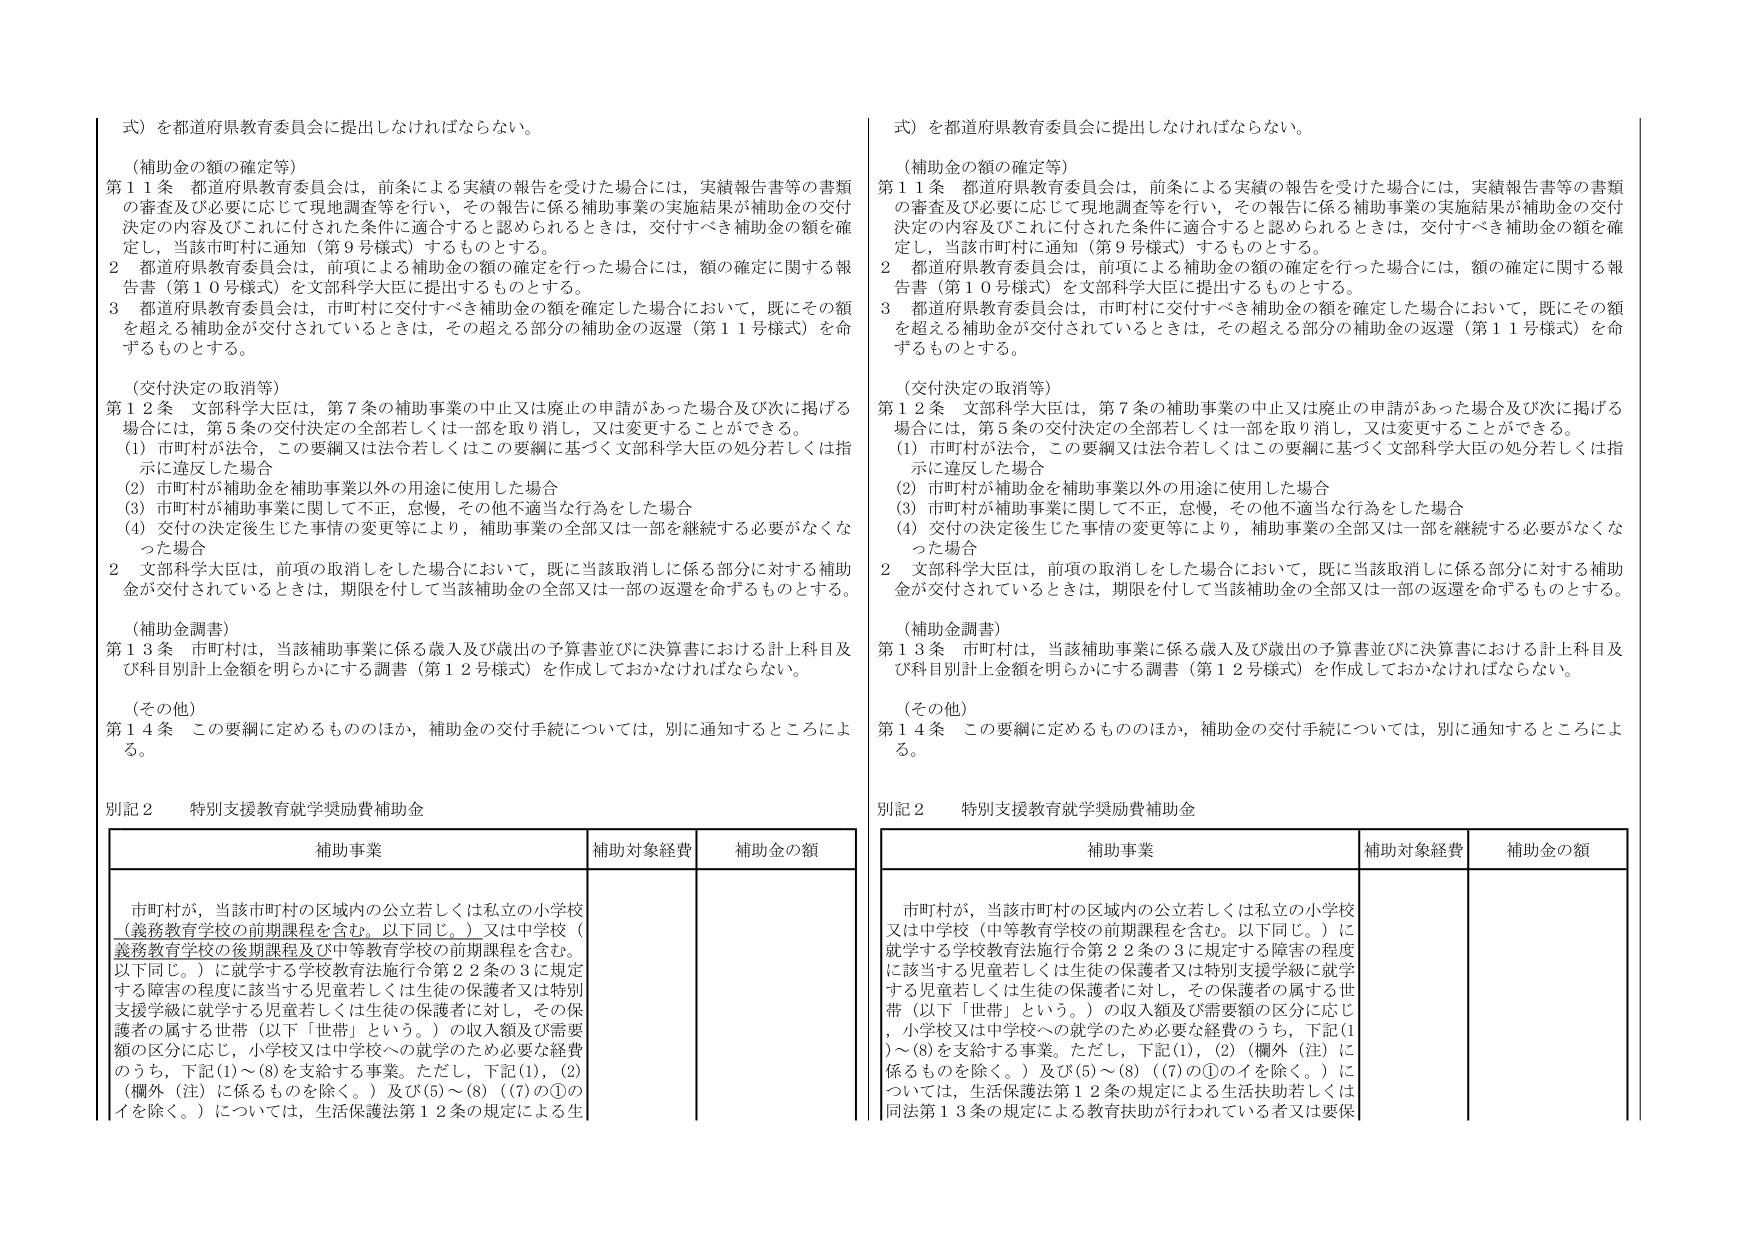
式）を都道府県教育委員会に提出しなければならない。

（補助金の額の確定等）
第１１条 都道府県教育委員会は，前条による実績の報告を受けた場合には，実績報告書等の書類の審査及び必要に応じて現地調査等を行い，その報告に係る補助事業の実施結果が補助金の交付決定の内容及びこれに付された条件に適合すると認められるときは，交付すべき補助金の額を確定し，当該市町村に通知（第９号様式）するものとする。
２ 都道府県教育委員会は，前項による補助金の額の確定を行った場合には，額の確定に関する報告書（第１０号様式）を文部科学大臣に提出するものとする。
３ 都道府県教育委員会は，市町村に交付すべき補助金の額を確定した場合において，既にその額を超える補助金が交付されているときは，その超える部分の補助金の返還（第１１号様式）を命ずるものとする。

（交付決定の取消等）
第１２条 文部科学大臣は，第７条の補助事業の中止又は廃止の申請があった場合及び次に掲げる場合には，第５条の交付決定の全部若しくは一部を取り消し，又は変更することができる。
（1）市町村が法令，この要綱又は法令若しくはこの要綱に基づく文部科学大臣の処分若しくは指示に違反した場合
（2）市町村が補助金を補助事業以外の用途に使用した場合
（3）市町村が補助事業に関して不正，怠慢，その他不適当な行為をした場合
（4）交付の決定後生じた事情の変更等により，補助事業の全部又は一部を継続する必要がなくなった場合
２ 文部科学大臣は，前項の取消しをした場合において，既に当該取消しに係る部分に対する補助金が交付されているときは，期限を付して当該補助金の全部又は一部の返還を命ずるものとする。

（補助金調書）
第１３条 市町村は，当該補助事業に係る歳入及び歳出の予算書並びに決算書における計上科目及び科目別計上金額を明らかにする調書（第１２号様式）を作成しておかなければならない。

（その他）
第１４条 この要綱に定めるもののほか，補助金の交付手続については，別に通知するところによる。

別記２ 特別支援教育就学奨励費補助金

補助事業 補助対象経費 補助金の額

市町村が，当該市町村の区域内の公立若しくは私立の小学校（義務教育学校の前期課程を含む。以下同じ。）又は中学校（義務教育学校の後期課程及び中等教育学校の前期課程を含む。以下同じ。）に就学する学校教育法施行令第２２条の３に規定する障害の程度に該当する児童若しくは生徒の保護者又は特別支援学級に就学する児童若しくは生徒の保護者に対し，その保護者の属する世帯（以下「世帯」という。）の収入額及び需要額の区分に応じ，小学校又は中学校への就学のため必要な経費のうち，下記(1)～(8)を支給する事業。ただし，下記(1)，(2)（欄外（注）に係るものを除く。）及び(5)～(8)（(7)の①のイを除く。）については，生活保護法第１２条の規定による生

式）を都道府県教育委員会に提出しなければならない。

（補助金の額の確定等）
第１１条 都道府県教育委員会は，前条による実績の報告を受けた場合には，実績報告書等の書類の審査及び必要に応じて現地調査等を行い，その報告に係る補助事業の実施結果が補助金の交付決定の内容及びこれに付された条件に適合すると認められるときは，交付すべき補助金の額を確定し，当該市町村に通知（第９号様式）するものとする。
２ 都道府県教育委員会は，前項による補助金の額の確定を行った場合には，額の確定に関する報告書（第１０号様式）を文部科学大臣に提出するものとする。
３ 都道府県教育委員会は，市町村に交付すべき補助金の額を確定した場合において，既にその額を超える補助金が交付されているときは，その超える部分の補助金の返還（第１１号様式）を命ずるものとする。

（交付決定の取消等）
第１２条 文部科学大臣は，第７条の補助事業の中止又は廃止の申請があった場合及び次に掲げる場合には，第５条の交付決定の全部若しくは一部を取り消し，又は変更することができる。
（1）市町村が法令，この要綱又は法令若しくはこの要綱に基づく文部科学大臣の処分若しくは指示に違反した場合
（2）市町村が補助金を補助事業以外の用途に使用した場合
（3）市町村が補助事業に関して不正，怠慢，その他不適当な行為をした場合
（4）交付の決定後生じた事情の変更等により，補助事業の全部又は一部を継続する必要がなくなった場合
２ 文部科学大臣は，前項の取消しをした場合において，既に当該取消しに係る部分に対する補助金が交付されているときは，期限を付して当該補助金の全部又は一部の返還を命ずるものとする。

（補助金調書）
第１３条 市町村は，当該補助事業に係る歳入及び歳出の予算書並びに決算書における計上科目及び科目別計上金額を明らかにする調書（第１２号様式）を作成しておかなければならない。

（その他）
第１４条 この要綱に定めるもののほか，補助金の交付手続については，別に通知するところによる。

別記２ 特別支援教育就学奨励費補助金

補助事業 補助対象経費 補助金の額

市町村が，当該市町村の区域内の公立若しくは私立の小学校又は中学校（中等教育学校の前期課程を含む。以下同じ。）に就学する学校教育法施行令第２２条の３に規定する障害の程度に該当する児童若しくは生徒の保護者又は特別支援学級に就学する児童若しくは生徒の保護者に対し，その保護者の属する世帯（以下「世帯」という。）の収入額及び需要額の区分に応じ，小学校又は中学校への就学のため必要な経費のうち，下記(1)～(8)を支給する事業。ただし，下記(1)，(2)（欄外（注）に係るものを除く。）及び(5)～(8)（(7)の①のイを除く。）については，生活保護法第１２条の規定による生活扶助若しくは同法第１３条の規定による教育扶助が行われている者又は要保